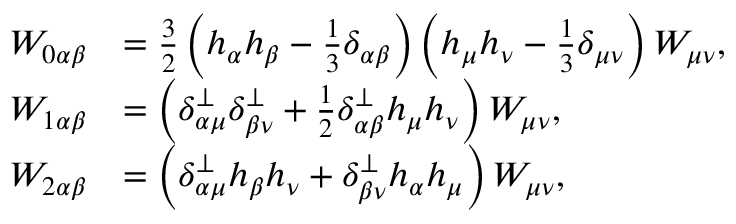
\begin{array} { r l } { W _ { 0 \alpha \beta } } & { = \frac { 3 } { 2 } \left( h _ { \alpha } h _ { \beta } - \frac { 1 } { 3 } \delta _ { \alpha \beta } \right) \left( h _ { \mu } h _ { \nu } - \frac { 1 } { 3 } \delta _ { \mu \nu } \right) W _ { \mu \nu } , } \\ { W _ { 1 \alpha \beta } } & { = \left( \delta _ { \alpha \mu } ^ { \perp } \delta _ { \beta \nu } ^ { \perp } + \frac { 1 } { 2 } \delta _ { \alpha \beta } ^ { \perp } h _ { \mu } h _ { \nu } \right) W _ { \mu \nu } , } \\ { W _ { 2 \alpha \beta } } & { = \left( \delta _ { \alpha \mu } ^ { \perp } h _ { \beta } h _ { \nu } + \delta _ { \beta \nu } ^ { \perp } h _ { \alpha } h _ { \mu } \right) W _ { \mu \nu } , } \end{array}